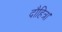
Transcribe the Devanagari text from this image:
दौहित्र।